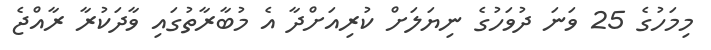
މިމަހުގެ 25 ވަނަ ދުވަހުގެ ނިޔަލަށް ކުރިއަށްދާ އެ މުބާރާތުގައި ވާދަކުރާ ރާއްޖެ